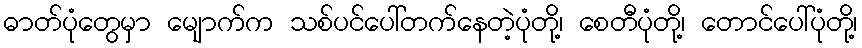
ဓာတ်ပုံတွေမှာ မျောက်က သစ်ပင်ပေါ်တက်နေတဲ့ပုံတို့၊ စေတီပုံတို့၊ တောင်ပေါ်ပုံတို့၊